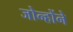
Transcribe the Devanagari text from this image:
जोन्होंने